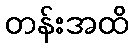
တန်းအထိ